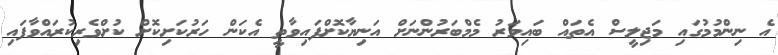
އެ ނިންމުމުގައި މަޖިލީސް އެތައް ބައިވަރު މެމްބަރުންނަށް އަނިޔާކޮށްފައިވާތީ އެކަން ހަރުކަށިކޮށް ކުށްވެރިކުރައްވާފައި